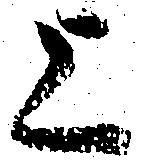
上